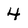
Character: 4